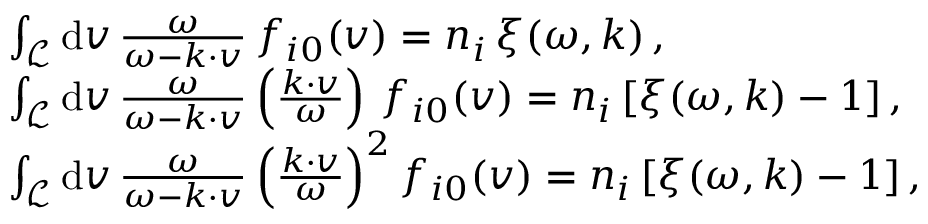
\begin{array} { r l } & { \int _ { \mathcal { L } } \mathrm { d } \boldsymbol { v } \, \frac { \omega } { \omega - \boldsymbol { k } \cdot \boldsymbol { v } } \, f _ { i 0 } ( \boldsymbol { v } ) = n _ { i } \, \xi ( \omega , \boldsymbol { k } ) \, , } \\ & { \int _ { \mathcal { L } } \mathrm { d } \boldsymbol { v } \, \frac { \omega } { \omega - \boldsymbol { k } \cdot \boldsymbol { v } } \left( \frac { \boldsymbol { k } \cdot \boldsymbol { v } } { \omega } \right) \, f _ { i 0 } ( \boldsymbol { v } ) = n _ { i } \, [ \xi ( \omega , \boldsymbol { k } ) - 1 ] \, , } \\ & { \int _ { \mathcal { L } } \mathrm { d } \boldsymbol { v } \, \frac { \omega } { \omega - \boldsymbol { k } \cdot \boldsymbol { v } } \left( \frac { \boldsymbol { k } \cdot \boldsymbol { v } } { \omega } \right) ^ { 2 } f _ { i 0 } ( \boldsymbol { v } ) = n _ { i } \, [ \xi ( \omega , \boldsymbol { k } ) - 1 ] \, , } \end{array}